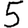
Digit: 5